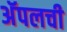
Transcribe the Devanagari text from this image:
अॅपलची